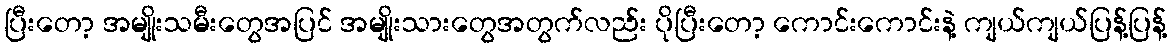
ပြီးတော့ အမျိုးသမီးတွေအပြင် အမျိုးသားတွေအတွက်လည်း ပိုပြီးတော့ ကောင်းကောင်းနဲ့ ကျယ်ကျယ်ပြန့်ပြန့်